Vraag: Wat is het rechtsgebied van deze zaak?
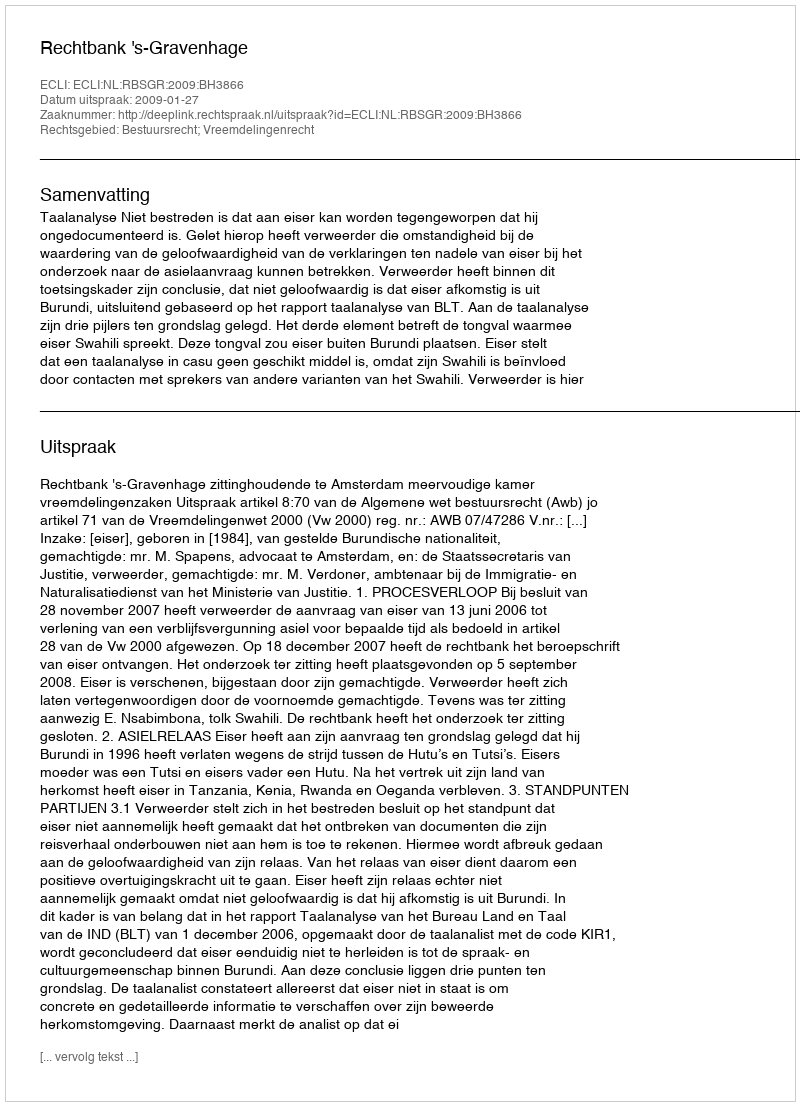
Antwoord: Bestuursrecht; Vreemdelingenrecht